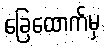
ခြေထောက်မှ